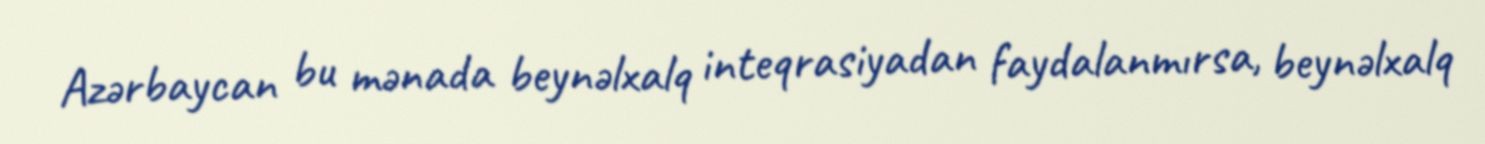
Azərbaycan bu mənada beynəlxalq inteqrasiyadan faydalanmırsa, beynəlxalq